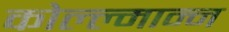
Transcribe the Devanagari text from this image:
कोल्ल्मान्न